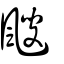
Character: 颼